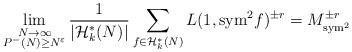
LaTeX: \begin{align*}\lim_{\substack{N\to \infty\\ P^-(N)\ge N^{\varepsilon}}}\frac{1}{|\mathcal{H}_k^*(N)|}\sum_{f\in \mathcal{H}_k^*(N)} L(1,{\rm sym}^2f)^{\pm r}= M_{{\rm sym}^2}^{\pm r}\end{align*}